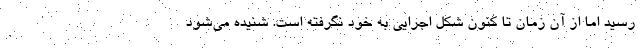
رسید اما از آن زمان تا کنون شکل اجرایی به خود نگرفته است. شنیده می‌شود